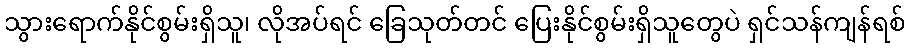
သွားရောက်နိုင်စွမ်းရှိသူ၊ လိုအပ်ရင် ခြေသုတ်တင် ပြေးနိုင်စွမ်းရှိသူတွေပဲ ရှင်သန်ကျန်ရစ်